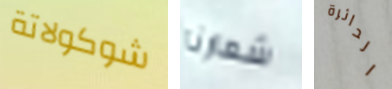
شوكولاتة شعارنا الدائرة